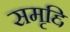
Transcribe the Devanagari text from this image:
समृद्दि